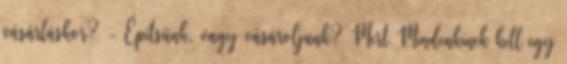
vásárláskor? - Építsünk, vagy vásároljunk? Mert Mindenkinek kell egy